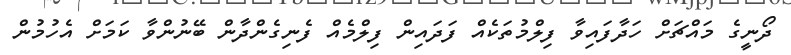
ދޯނީގެ މައްޗަށް ހަދާފައިވާ ފިލްމުތަކެއް ފަދައިން ފިލްމެއް ފެނިގެންދާން ބޭނުންވާ ކަމަށް އެހުމުން